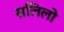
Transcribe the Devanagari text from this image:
सलिलो